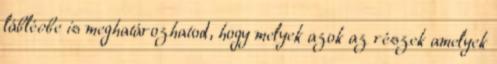
láblécbe is meghatározhatod, hogy melyek azok az részek amelyek